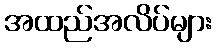
အထည်အလိပ်များ